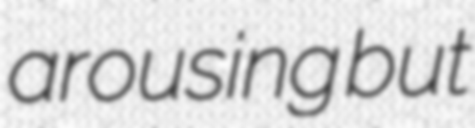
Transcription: arousing but